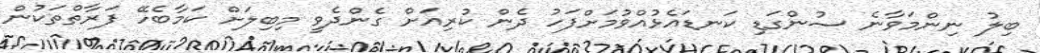
ބިލު ނިންމަވާނެ ސުންގަޑި ކަނޑައެޅުއްވުމަށްފަހު ދެން ކުރިއަށް ގެންދެވީ މިބިލަށް ކަމާބެހޭ ފަރާތްތަކުން